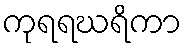
ကုရရဃရိကာ